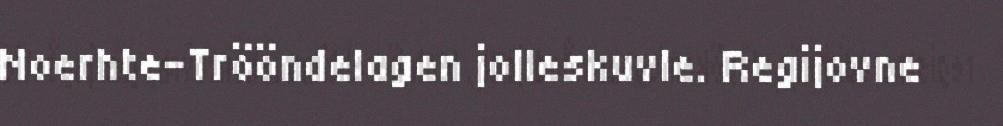
Noerhte-Trööndelagen jolleskuvle. Regijovne